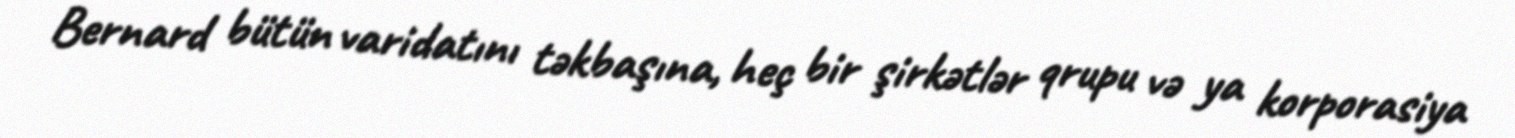
Bernard bütün varidatını təkbaşına, heç bir şirkətlər qrupu və ya korporasiya